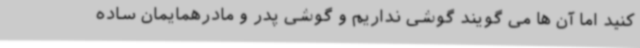
کنید اما آن ها می گویند گوشی نداریم و گوشی پدر و مادرهمایمان ساده